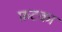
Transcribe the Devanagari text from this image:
फ़टका